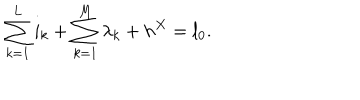
\sum _ { k = 1 } ^ { L } i _ { k } + \sum _ { k = 1 } ^ { M } \lambda _ { k } + h ^ { X } = l _ { 0 } .